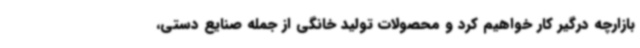
بازارچه درگیر کار خواهیم کرد و محصولات تولید خانگی از جمله صنایع دستی،